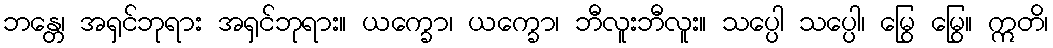
ဘန္တေ၊ အရှင်ဘုရား အရှင်ဘုရား။ ယက္ခော၊ ယက္ခော၊ ဘီလူးဘီလူး။ သပ္ပေါ သပ္ပေါ၊ မြွေ မြွေ။ ဣတိ၊